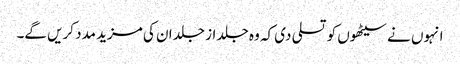
انہوں نے سیٹھوں کو تسلی دی کہ وہ جلد از جلد ان کی مزید مدد کریں گے۔